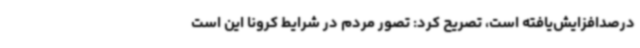
درصدافزایش‌یافته است، تصریح کرد: تصور مردم در شرایط کرونا این است